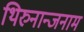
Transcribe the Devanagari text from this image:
थिरुनान्जनाम